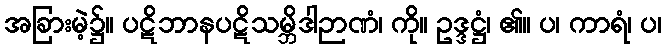
အခြားမဲ့၌။ ပဋိဘာနပဋိသမ္ဘိဒါဉာဏံ၊ ကို။ ဥဒ္ဒဋ္ဌံ၊ ၏။ ပ၊ ကာရံ၊ ပ၊